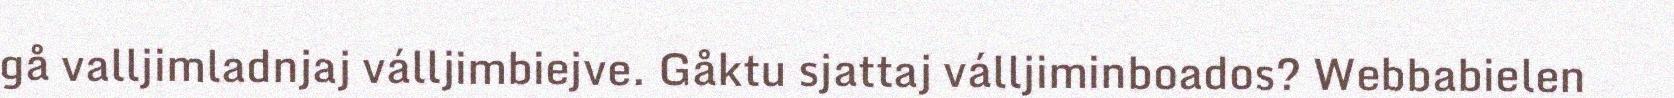
gå valljimladnjaj válljimbiejve. Gåktu sjattaj válljiminboados? Webbabielen